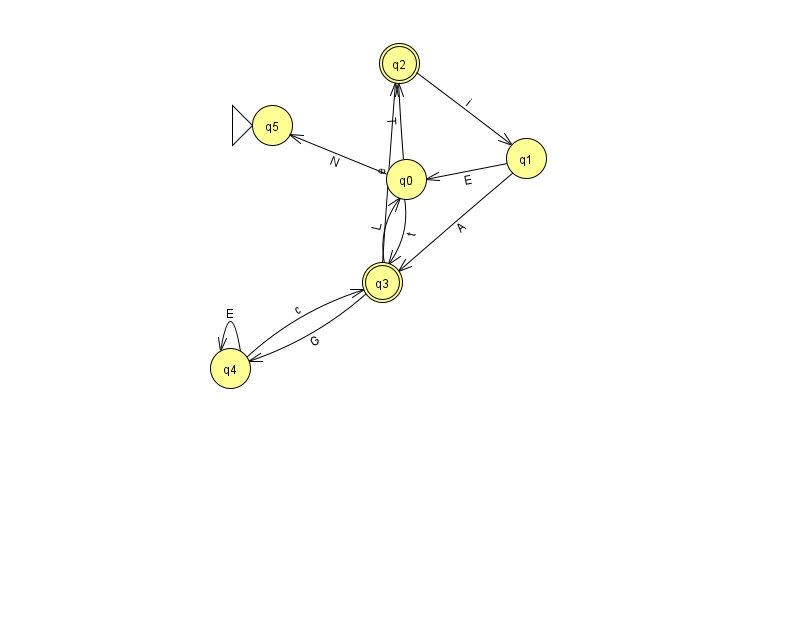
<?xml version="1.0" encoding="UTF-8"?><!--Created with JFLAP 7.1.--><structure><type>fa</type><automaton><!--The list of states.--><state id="0" name="q0"><x>406.0</x><y>166.0</y></state><state id="1" name="q1"><x>526.0</x><y>145.0</y></state><state id="2" name="q2"><x>399.0</x><y>50.0</y><final/></state><state id="3" name="q3"><x>382.0</x><y>269.0</y><final/></state><state id="4" name="q4"><x>230.0</x><y>355.0</y></state><state id="5" name="q5"><x>272.0</x><y>112.0</y><initial/></state><!--The list of transitions.--><transition><from>4</from><to>3</to><read>c</read></transition><transition><from>3</from><to>4</to><read>G</read></transition><transition><from>4</from><to>4</to><read>E</read></transition><transition><from>0</from><to>3</to><read>t</read></transition><transition><from>2</from><to>1</to><read>i</read></transition><transition><from>0</from><to>5</to><read>N</read></transition><transition><from>1</from><to>3</to><read>A</read></transition><transition><from>0</from><to>2</to><read>T</read></transition><transition><from>1</from><to>0</to><read>E</read></transition><transition><from>3</from><to>0</to><read>L</read></transition><transition><from>3</from><to>2</to><read>e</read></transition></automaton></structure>